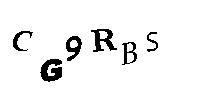
CG9RBS